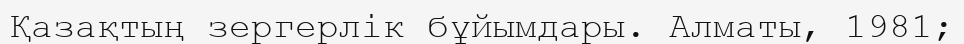
Қазақтың зергерлік бұйымдары. Алматы, 1981;